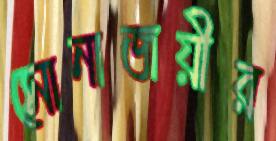
সোনাজয়ীর